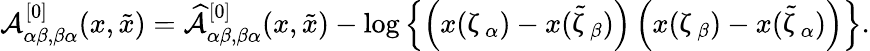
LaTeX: \begin{array}{r}{{\mathcal A}_{\alpha\beta,\beta\alpha}^{[0]}(x,\tilde{x})=\widehat{{\mathcal A}}_{\alpha\beta,\beta\alpha}^{[0]}(x,\tilde{x})-\log\left\{ \left(x(\upzeta_{\alpha})-x(\tilde{\upzeta}_{\beta})\right)\left(x(\upzeta_{\beta})-x(\tilde{\upzeta}_{\alpha})\right)\right\} .}\end{array}